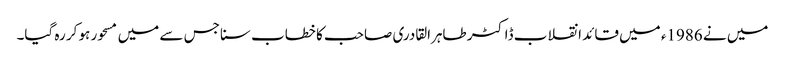
میں نے 1986ء میں قائد انقلاب ڈاکٹر طاہرالقادری صاحب کا خطاب سنا جس سے میں مسحور ہو کر رہ گیا۔